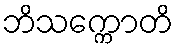
ဘိသက္ကောတိ